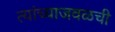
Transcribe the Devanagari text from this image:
त्यांच्याजवळची